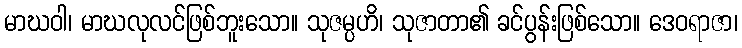
မာဃဝါ၊ မာဃလုလင်ဖြစ်ဘူးသော။ သုဇမ္ပဟိ၊ သုဇာတာ၏ ခင်ပွန်းဖြစ်သော။ ဒေဝရာဇာ၊